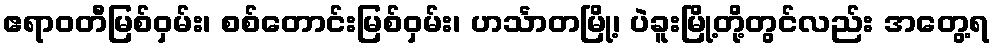
ဧရာဝတီမြစ်ဝှမ်း၊ စစ်တောင်းမြစ်ဝှမ်း၊ ဟင်္သာတမြို့၊ ပဲခူးမြို့တို့တွင်လည်း အတွေ့ရ